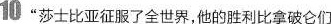
10 ”莎士比亚征服了全世界，他的胜利比拿破仑们